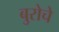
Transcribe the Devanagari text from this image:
बुरोचे